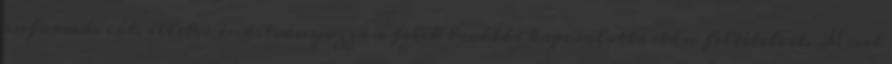
információt, illetve indítványozza a felek további kapcsolattartási feltételeit. Mivel